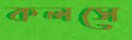
কলসে